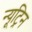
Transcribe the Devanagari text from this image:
न्यूट्रिन